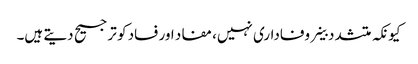
کیونکہ متشدد خلیے وفاداری نہیں، مفاد اور فساد کو ترجیح دیتے ہیں۔